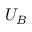
U _ { B }